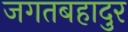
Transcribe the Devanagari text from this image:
जगतबहादुर